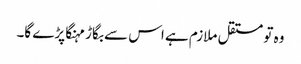
وہ تو مستقل ملازم ہے اس سے بگاڑ مہنگا پڑے گا۔